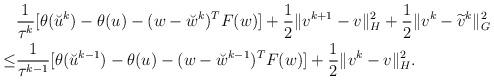
LaTeX: \begin{align*}\begin{aligned}&\frac{1}{\tau^k}[\theta(\breve{u}^{k})-\theta(u)-(w-\breve{w}^k)^TF({w})]+\frac{1}{2}\|v^{k+1}-v\|^2_{H}+\frac{1}{2}\|v^k-\widetilde{v}^k\|^2_{G}\\\leq&\frac{1}{\tau^{k-1}}[\theta(\breve{u}^{k-1})-\theta(u)-(w-\breve{w}^{k-1})^TF({w})]+\frac{1}{2}\|v^{k}-v\|^2_{H}.\end{aligned}\end{align*}